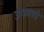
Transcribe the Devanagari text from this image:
उपवस्त्रे